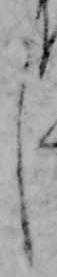
し